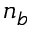
n _ { b }